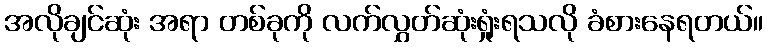
အလိုချင်ဆုံး အရာ တစ်ခုကို လက်လွှတ်ဆုံးရှုံးရသလို ခံစားနေရတယ်။